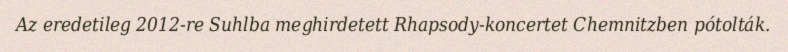
Az eredetileg 2012-re Suhlba meghirdetett Rhapsody-koncertet Chemnitzben pótolták.